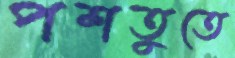
পশতুতে